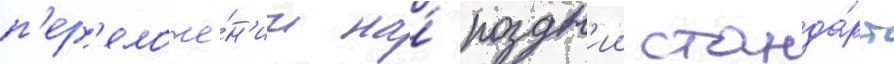
п'ер'еложе́н'ии на́ поздн'ии станда́рт